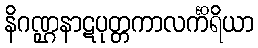
နိဂဏ္ဌနာဋပုတ္တကာလင်္ကိရိယာ